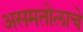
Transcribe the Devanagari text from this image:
असमतोलाचे